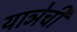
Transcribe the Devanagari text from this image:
याञेची